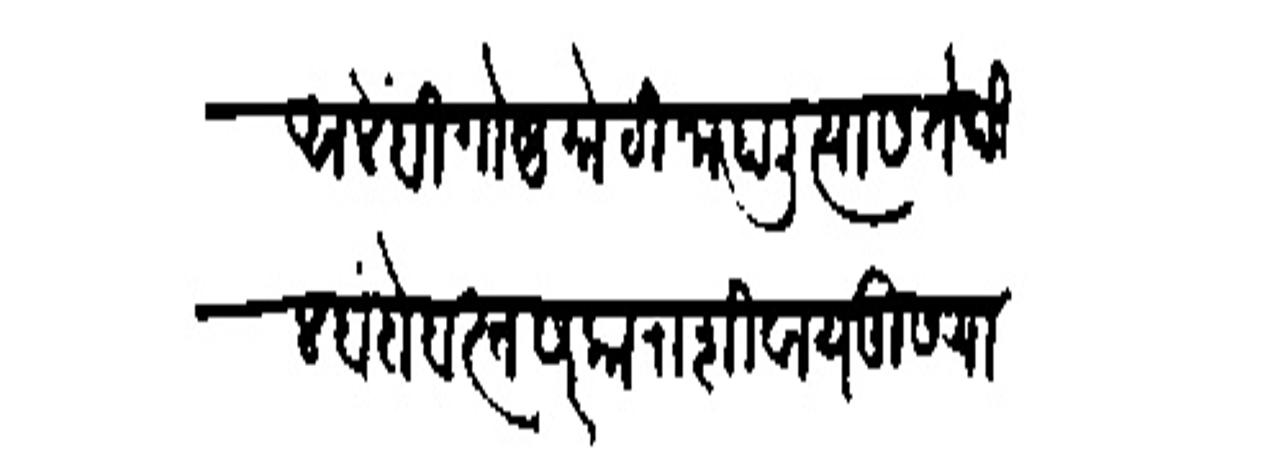
Transliteration (Devanagari): आले ही गोष्ट मोठी जाहाली त्यास तेथील बंदोबस्त सरकाराशिवाय दुसऱ्या